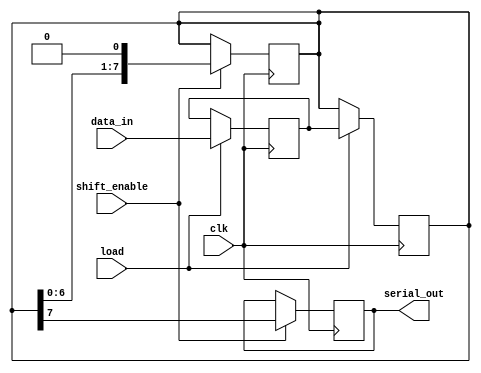
module two_stage_piso (
    input  wire        clk,          // Clock signal
    input  wire        load,         // Load signal
    input  wire        shift_enable,  // Shift enable signal
    input  wire [7:0] data_in,      // Parallel input data (8-bit)
    output reg         serial_out    // Serial output
);

    // First stage: Parallel input stage
    reg [7:0] parallel_reg;           // Register to hold parallel data
    reg [7:0] shift_reg;              // Shift register for serial output

    // Loading data into the parallel register on load signal
    always @(posedge clk) begin
        if (load) begin
            parallel_reg <= data_in;  // Load data into parallel register
            shift_reg <= parallel_reg; // Load the parallel data into the shift register
        end
    end

    // Shifting data out serially
    always @(posedge clk) begin
        if (shift_enable) begin
            // Shift the data to the right, pulling from the shift register
            serial_out <= shift_reg[7]; // Output the MSB first
            shift_reg <= {shift_reg[6:0], 1'b0}; // Shift left and discard the LSB
        end
    end

    // Initial condition (optional)
    initial begin
        serial_out = 1'b0;              // Initialize serial output
        parallel_reg = 8'b0;            // Initialize parallel register
        shift_reg = 8'b0;               // Initialize shift register
    end

endmodule